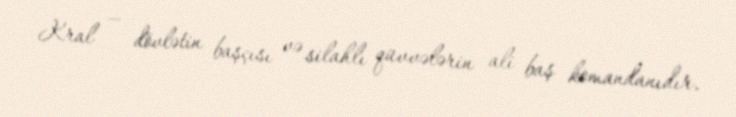
Kral — dövlətin başçısı və silahlı qüvvələrin ali baş komandanıdır.